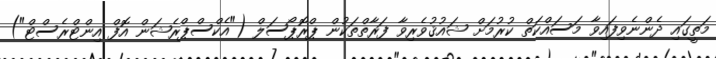
މަތީގައި ދެންނެވިފައިވާ މަސައްކަތް ކުރުމަށް ޝައުޤުވެރިވާ ފަރާތްތަކުން ޕްރޮޕޯސަލް ("އެކްސްޕްރެޝަން އޮފް އިންޓްރެސްޓް")